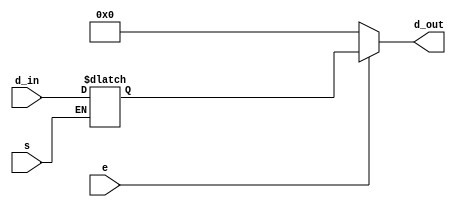
// From the book: "But How Do It Know?" pg. 67
// Written by: J. Clark Scott
//
// Verilog HDL implementation of the computer described in the book.
//
// Accumulator Register
//
// * No changes required for CPU_B
//
// * Changed output assignment from 8'bz to 8'b0
// ***********************************************************************

`timescale 1ns / 1ps
module acc(
	input s,
	input e,
	input [7:0] d_in,
	output [7:0] d_out
	);
	
	reg [7:0] data_reg = 8'h00;
	
	always @(*)
		if(s == 1'b1)
			data_reg = d_in;
	
	assign d_out = e ? data_reg : 8'b0;
	
endmodule